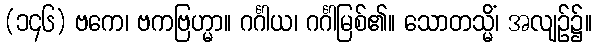
(၁၄၆) ဗကေ၊ ဗကဗြဟ္မာ။ ဂင်္ဂါယ၊ ဂင်္ဂါမြစ်၏။ သောတသ္မိံ၊ အလျဉ်၌။